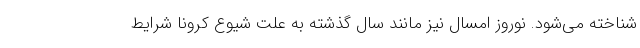
شناخته می‌شود. نوروز امسال نیز مانند سال گذشته به علت شیوع کرونا شرایط